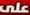
علی